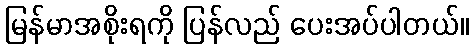
မြန်မာအစိုးရကို ပြန်လည် ပေးအပ်ပါတယ်။